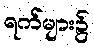
ရက်များ၌